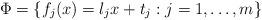
LaTeX: \begin{align*}\Phi=\{f_j(x)=\l_j x+t_j:j=1,\ldots,m\}\end{align*}